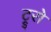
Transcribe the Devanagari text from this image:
ट्रुरो